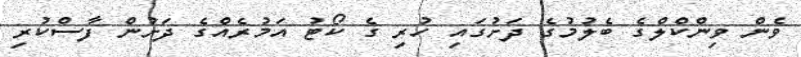
ވެން ވިންކްލްގެ ބެލުމުގެ ދަށުގައި ހުރި ގެ ކޯޓު އަމުރެއްގެ ދަށުން ފާސްކުރި